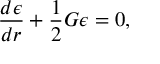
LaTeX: \frac { d \epsilon } { d r } + \frac { 1 } { 2 } G \epsilon = 0 ,